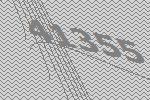
41355